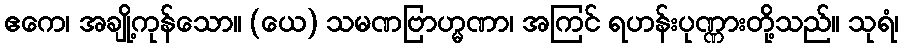
ဧကေ၊ အချို့ကုန်သော။ (ယေ) သမဏဗြာဟ္မဏာ၊ အကြင် ရဟန်းပုဏ္ဏားတို့သည်။ သုရံ၊